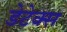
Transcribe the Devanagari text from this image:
डेटेक्स